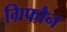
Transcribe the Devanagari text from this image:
ग्रिफौन